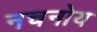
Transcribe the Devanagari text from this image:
नचनोय